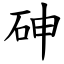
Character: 砷